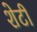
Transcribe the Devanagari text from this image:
शेटी